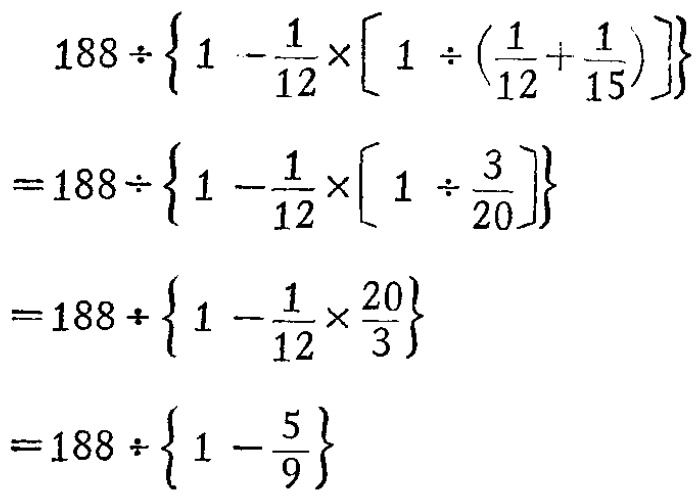
\[

\begin{align*}

&188\div\left\{1 - \frac{1}{12}\times\left[1\div\left(\frac{1}{12}+\frac{1}{15}\right)\right]\right\}\\

=&188\div\left\{1 - \frac{1}{12}\times\left[1\div\frac{3}{20}\right]\right\}\\

=&188\div\left\{1 - \frac{1}{12}\times\frac{20}{3}\right\}\\

=&188\div\left\{1 - \frac{5}{9}\right\}

\end{align*}

\]